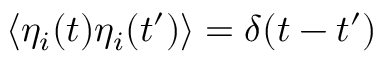
\langle \eta _ { i } ( t ) \eta _ { i } ( t ^ { \prime } ) \rangle = \delta ( t - t ^ { \prime } )